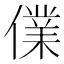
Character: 㒒